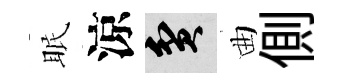
眠涼貧曲側